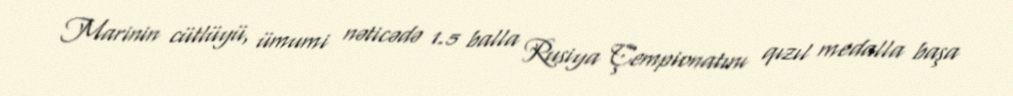
Marinin cütlüyü, ümumi nəticədə 1.5 balla Rusiya Çempionatını qızıl medalla başa